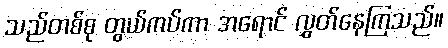
သည်တစ်စု တွယ်ကပ်ကာ အရောင် လွှတ်နေကြသည်။